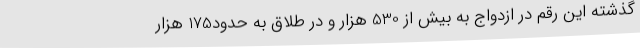
گذشته این رقم در ازدواج به بیش از 530 هزار و در طلاق به حدود175 هزار